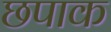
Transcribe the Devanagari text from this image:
छपाक